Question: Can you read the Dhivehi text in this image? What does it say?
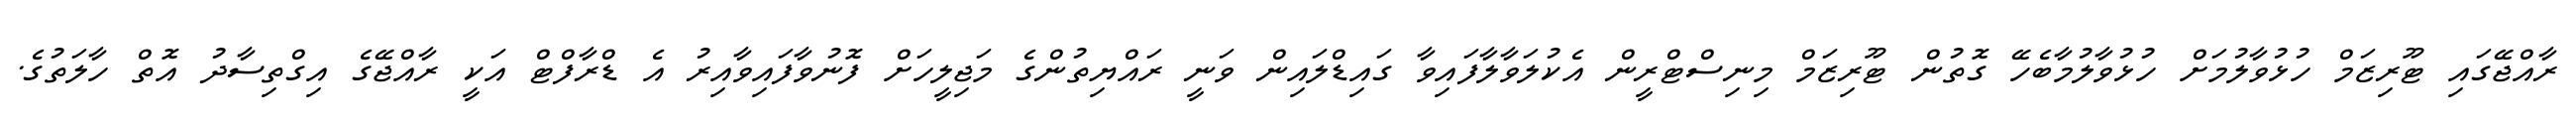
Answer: ރާއްޖޭގައި ޓޫރިޒަމް ހުޅުވާލުމަށް ހުޅުވާލުމާބެހޭ ގޮތުން ޓޫރިޒަމް މިނިސްޓްރީން އެކުލަވާލާފައިވާ ގައިޑްލައިން ވަނީ ރައްޔިތުންގެ މަޖިލީހަށް ފޮނުވާފައިވާއިރު އެ ޑްރާފްޓް އަކީ ރާއްޖޭގެ އިގްތިސާދު އޮތް ހާލަތުގެ.